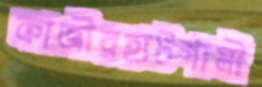
কাজীরহাটগামী